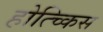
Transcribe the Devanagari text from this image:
होत्च्किस